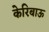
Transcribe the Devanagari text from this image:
केरिबाऊ